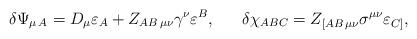
LaTeX: \begin{align*}\delta \Psi_{\mu\,A}=D_{\mu}\varepsilon_A + Z_{AB\,\mu\nu}\gamma^{\nu}\varepsilon^B, \ \ \ \ \ \delta\chi_{ABC}= Z_{[AB\,\mu\nu}\sigma^{\mu\nu}\varepsilon_{C]}, \end{align*}